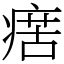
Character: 瘔